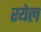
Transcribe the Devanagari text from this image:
रयेल